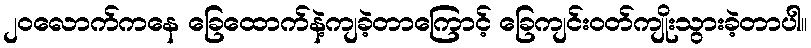
၂၀လောက်ကနေ ခြေထောက်နဲ့ကျခဲ့တာကြောင့် ခြေကျင်းဝတ်ကျိုးသွားခဲ့တာပါ။